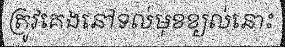
ត្រូវគេងនៅទល់មុខខ្យល់នោះ